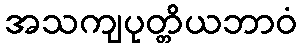
အသကျပုတ္တိယဘာဝံ